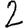
Digit: 2